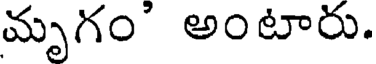
మృగం' అంటారు.